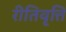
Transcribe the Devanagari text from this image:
रीतिवृत्ति